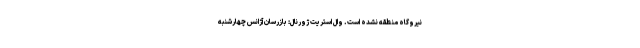
نیروگاه منطقه نشده است. وال ‌استریت ژورنال: بازرسان آژانس چهارشنبه